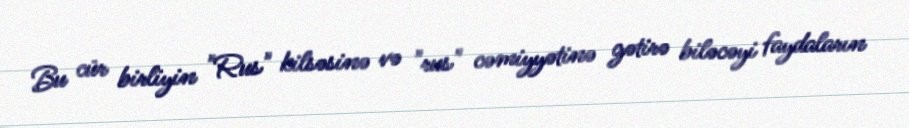
Bu cür birliyin "Rus" kilsəsinə və "rus" cəmiyyətinə gətirə biləcəyi faydaların